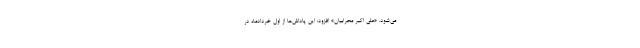
می‌شود. «علی اکبر محرابیان» افزود: این پاداش‌ها از اول خردادماه در